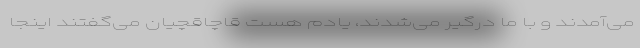
می‌آمدند و با ما درگیر می‌شدند، یادم هست قاچاقچیان می‌گفتند اینجا